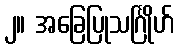
၂။ အခြေပြုသင်္ဂြိုဟ်